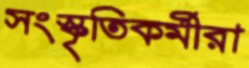
সংস্কৃতিকর্মীরা